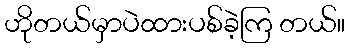
ဟိုတယ်မှာပဲထားပစ်ခဲ့ကြ တယ်။